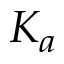
K _ { a }